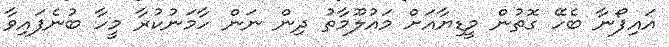
އައިފޯނާ ބެހޭ ގޮތުން މީޑިޔާއަށް މައުލޫމާތު ދިން ނަން ހާމަނުކުރާ މީހާ ބުނެފައިވާ